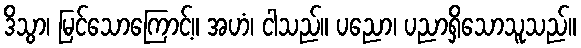
ဒိသွာ၊ မြင်သောကြောင့်။ အဟံ၊ ငါသည်။ ပညော၊ ပညာရှိသောသူသည်။